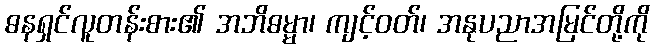
ဓနရှင်လူတန်းစား၏ အဘိဓမ္မာ၊ ကျင့်ဝတ်၊ အနုပညာအမြင်တို့ကို